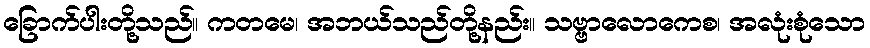
ခြောက်ပါးတို့သည်။ ကတမေ၊ အဘယ်သည်တို့နည်း။ သဗ္ဗာလောကေစ၊ အလုံးစုံသော